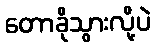
တောခိုသွားလို့ပဲ